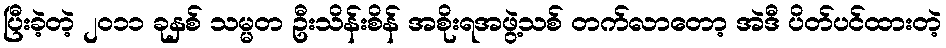
ပြီးခဲ့တဲ့ ၂၀၁၁ ခုနှစ် သမ္မတ ဦးသိန်းစိန် အစိုးရအဖွဲ့သစ် တက်လာတော့ အဲဒီ ပိတ်ပင်ထားတဲ့